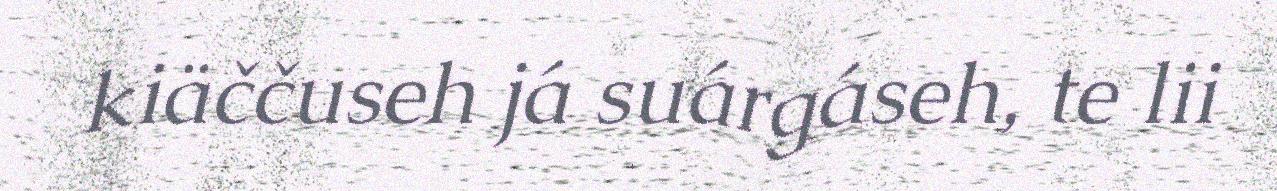
kiäččuseh já suárgáseh, te lii